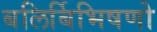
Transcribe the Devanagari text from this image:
बलिर्बिभिषणो